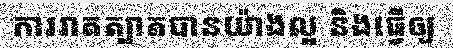
ការរាតត្បាតបានយ៉ាងល្អ និងធ្វើឲ្យ